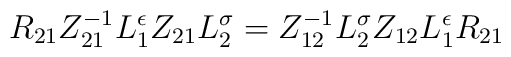
{R}_{21}Z_{21}^{-1}L_{1}^{\epsilon}Z_{21}L_{2}^{\sigma}= Z_{12}^{-1}L_{2}^{\sigma}Z_{12}L_{1}^{\epsilon}{R}_{21}